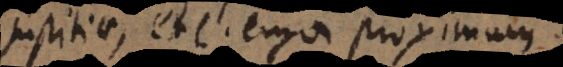
justitiae, etc. erga proximum.